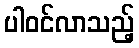
ပါဝင်လာသည့်